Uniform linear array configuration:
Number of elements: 32
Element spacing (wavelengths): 0.5
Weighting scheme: hann
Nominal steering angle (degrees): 60
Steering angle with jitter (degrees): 61.759
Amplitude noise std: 0.05
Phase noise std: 0.05

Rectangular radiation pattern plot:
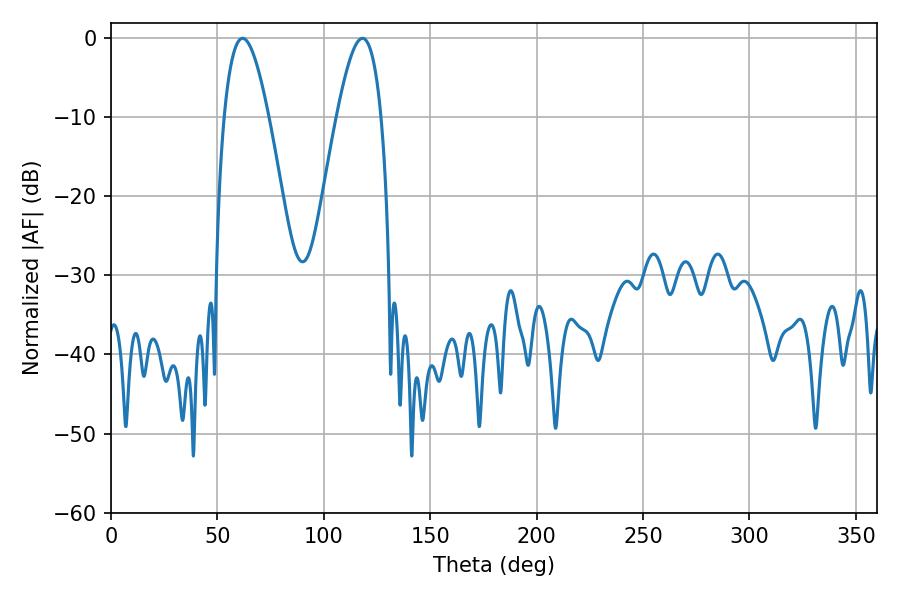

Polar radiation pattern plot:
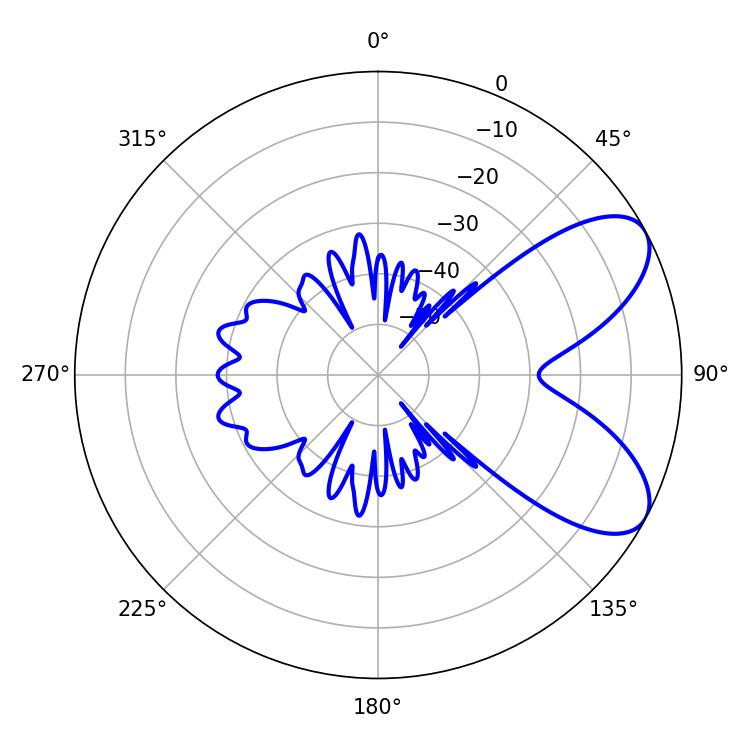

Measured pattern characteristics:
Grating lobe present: FALSE
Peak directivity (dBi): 7.208
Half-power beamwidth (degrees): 11.34
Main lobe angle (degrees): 61.74